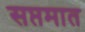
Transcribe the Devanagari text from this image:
सप्तमात